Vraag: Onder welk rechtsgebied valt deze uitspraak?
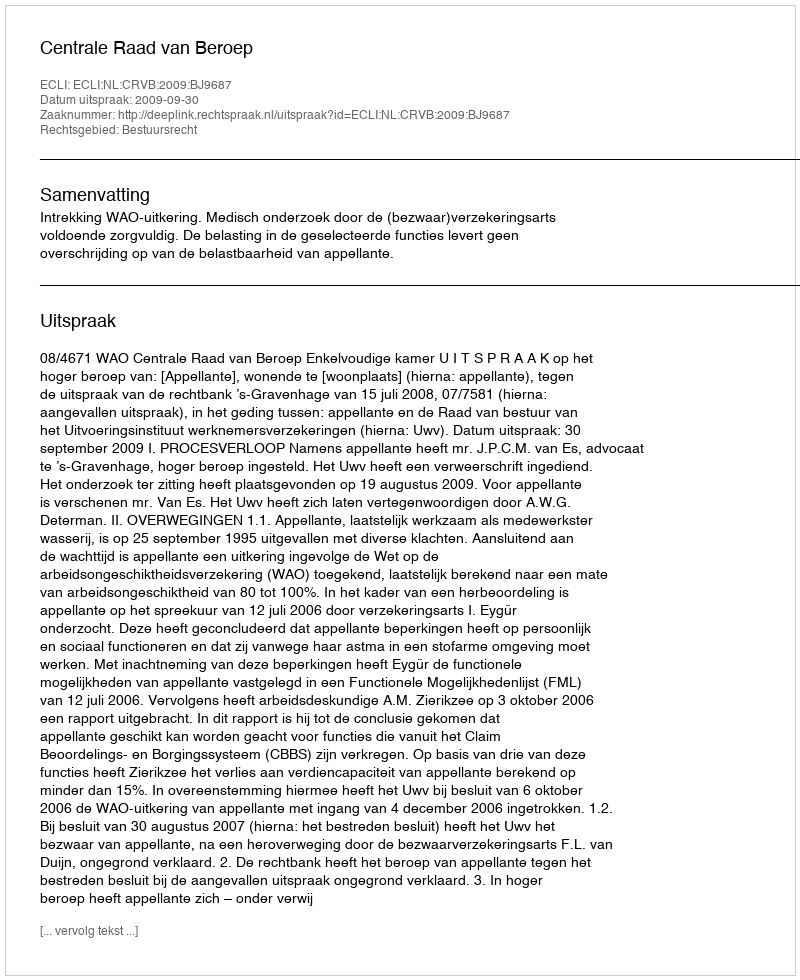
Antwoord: Bestuursrecht